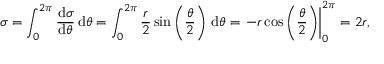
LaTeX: \sigma = \int _ { 0 } ^ { 2 \pi } { \frac { \mathrm { d } \sigma } { \mathrm { d } \theta } } \, \mathrm { d } \theta = \int _ { 0 } ^ { 2 \pi } { \frac { r } { 2 } } \sin \left( { \frac { \theta } { 2 } } \right) \, \mathrm { d } \theta = \left. - r \cos \left( { \frac { \theta } { 2 } } \right) \right| _ { 0 } ^ { 2 \pi } = 2 r ,